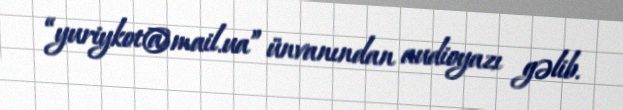
“yuriykot@mail.ua” ünvanından audioyazı gəlib.